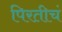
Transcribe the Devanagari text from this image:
पिरतीचं